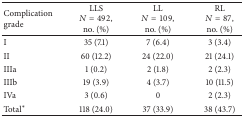
<table><thead><tr><td><b>Complication grade</b></td><td><b>LLS<i>N</i> = 492, no. (%)</b></td><td><b>LL<i>N</i> = 109, no. (%)</b></td><td><b>RL<i>N</i> = 87, no. (%)</b></td></tr></thead><tbody><tr><td>I</td><td>35 (7.1)</td><td>7 (6.4)</td><td>3 (3.4)</td></tr><tr><td>II</td><td>60 (12.2)</td><td>24 (22.0)</td><td>21 (24.1)</td></tr><tr><td>IIIa</td><td>1 (0.2)</td><td>2 (1.8)</td><td>2 (2.3)</td></tr><tr><td>IIIb</td><td>19 (3.9)</td><td>4 (3.7)</td><td>10 (11.5)</td></tr><tr><td>IVa</td><td>3 (0.6)</td><td>0</td><td>2 (2.3)</td></tr><tr><td>Total<sup><i>∗</i></sup></td><td>118 (24.0)</td><td>37 (33.9)</td><td>38 (43.7)</td></tr></tbody></table>